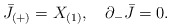
\begin{align*}\bar J_{(+)}=X_{(1)},\quad \partial_-\bar J=0.\end{align*}